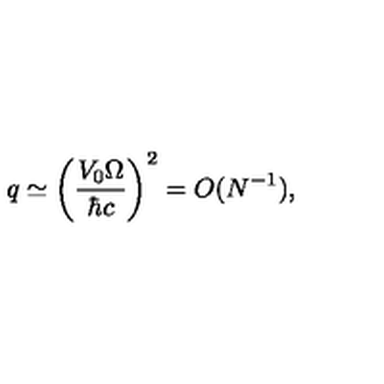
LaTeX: q \simeq \left( \frac { V _ { 0 } \Omega } { \hbar c } \right) ^ { 2 } = O ( N ^ { - 1 } ) ,